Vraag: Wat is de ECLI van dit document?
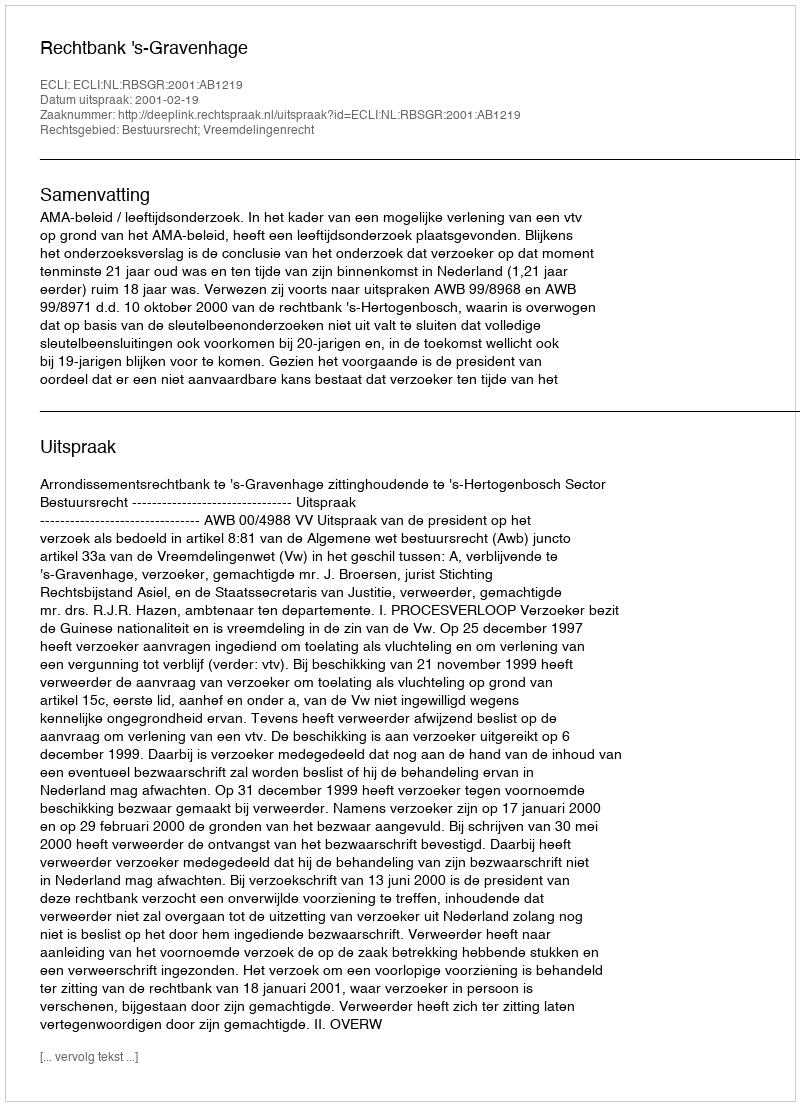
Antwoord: ECLI:NL:RBSGR:2001:AB1219